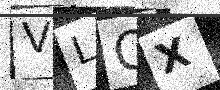
Text: VLOX